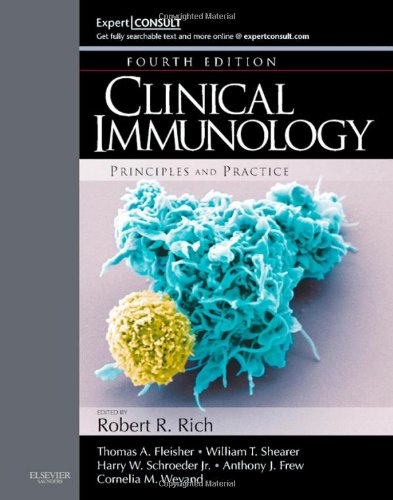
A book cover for Clinical Immunology: Principles and Practice, 4e (Rich, Clinical Immunology); Robert R. Rich MD; Medical Books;